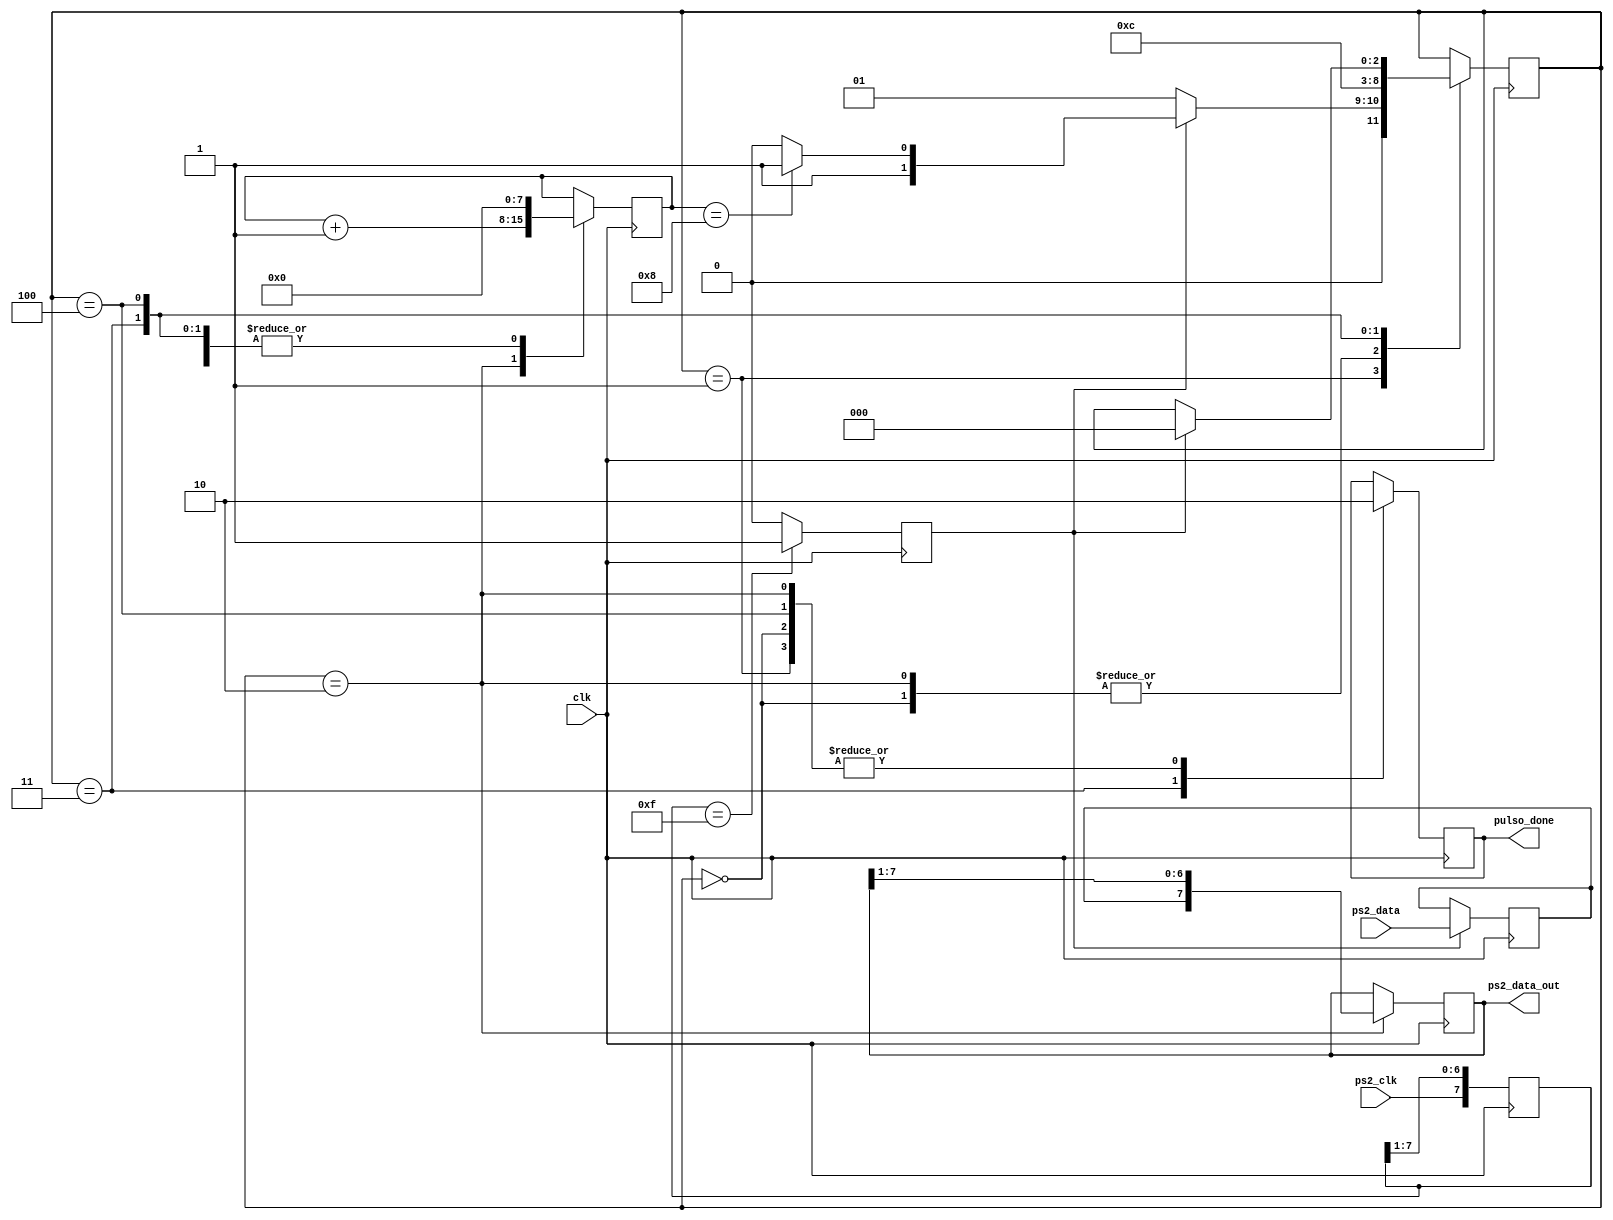
module Codigo1(clk, ps2_data, ps2_clk, ps2_data_out, pulso_done
    );
	 input clk;
	 input ps2_clk, ps2_data;
	 output [7:0]ps2_data_out;
	 output reg pulso_done;
	 reg [7:0] filtro_antirebote;
	 reg ps2_clk_negedge;
	 reg [2:0] estado=0;
	 reg [7:0] contador=0;
	 reg [7:0] data_p;
	 reg data_in; 
	 localparam [2:0]
	 idle = 3'b000,
	 uno = 3'b001,
	 dos = 3'b010,
	 tres = 3'b011,
	 cuatro = 3'b100;
	 always @ (posedge clk)
	 begin 
	 filtro_antirebote [7:0]<= {ps2_clk, filtro_antirebote[7:1]};
	 end
	 always @ (posedge clk)
	begin 
	if (filtro_antirebote == 8'b00001111)
		ps2_clk_negedge <= 1'b1;
	else
		ps2_clk_negedge <= 1'b0;
	end 
	always @ (posedge clk)
	begin
	if (ps2_clk_negedge)
	data_in <= ps2_data;
	else 
	data_in <= data_in;
	end
	 always @ (posedge clk)
	 begin 
	 case (estado)
	 idle: begin
		data_p <= data_p;
		contador <= 4'd0;
		pulso_done <=1'b0;
			if (ps2_clk_negedge)
				estado<= uno;
			else
				estado<= uno;
			end
		uno: begin
			data_p<=data_p;
			contador <= contador;
			pulso_done <= 1'b0;
			if (ps2_clk_negedge)
			begin 	
				if (contador == 4'd8)
					estado<=tres;
				else 	
					estado <= dos;
				end
					else 
						estado<= uno;
				end
			dos: begin
				data_p [7:0] <= {data_in, data_p[7:1]};
				contador <=  contador +1;
				pulso_done <= 1'b0;
				estado <= uno;
				end
			tres: begin
				estado <= cuatro;
				pulso_done <=1'b1;
				data_p <=data_p;
				contador <= 4'd0;
				end
			cuatro: begin
				data_p <= data_p;
				contador <= 4'd0;
				pulso_done <= 1'b0;
				if (ps2_clk_negedge)
					estado <= idle;
				end
			endcase
			end
			assign  ps2_data_out = data_p;
endmodule